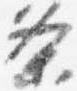
条